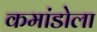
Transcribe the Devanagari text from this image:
कमांडोला